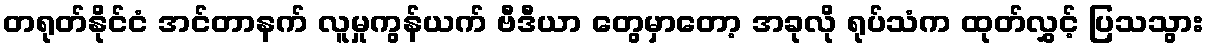
တရုတ်နိုင်ငံ အင်တာနက် လူမှုကွန်ယက် ဗီဒီယာ တွေမှာတော့ အခုလို ရုပ်သံက ထုတ်လွှင့် ပြသသွား